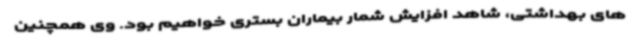
های بهداشتی، شاهد افزایش شمار بیماران بستری خواهیم بود. وی همچنین